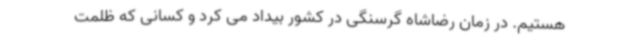
هستیم. در زمان رضاشاه گرسنگی در کشور بیداد می کرد و کسانی که ظلمت